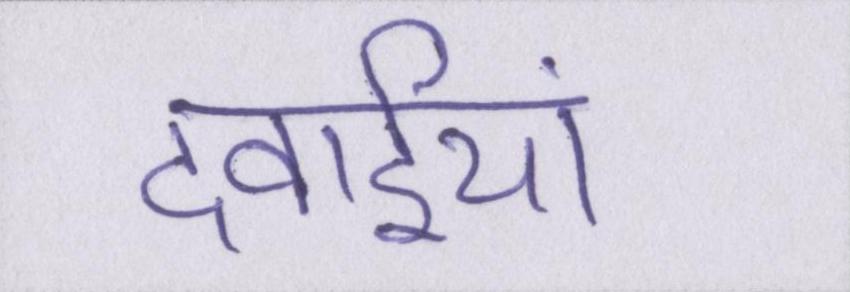
दवाईयां